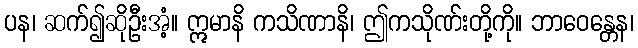
ပန၊ ဆက်၍ဆိုဦးအံ့။ ဣမာနိ ကသိဏာနိ၊ ဤကသိုဏ်းတို့ကို။ ဘာဝေန္တေန၊